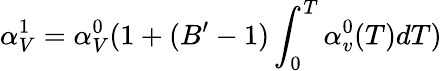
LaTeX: \alpha_{V}^{1}=\alpha_{V}^{0}(1+(B^{\prime}-1)\int_{0}^{T}\alpha_{v}^{0}(T)dT)